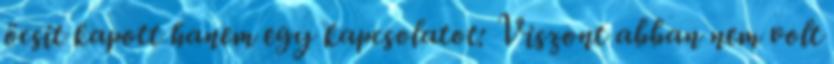
öcsit kapott hanem egy kapcsolatot: Viszont abban nem volt